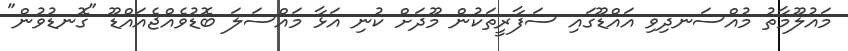
މައުލޫމާތު މުއްސަނދިވި އައްޑޫގައި ސަފާރީތަކުން މޫދަށް ކުނި އަޅާ މައްސަލަ ބޮޑުވެއްޖެއައްޑޫ "ގޮނޑުވުން"